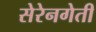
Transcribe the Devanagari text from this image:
सेरेनगेती